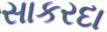
સાકરદા